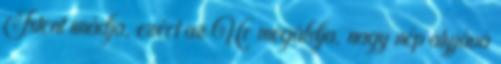
Istent imádja, ezért az Úr megáldja, nagy nép atyjává